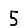
Digit: 5